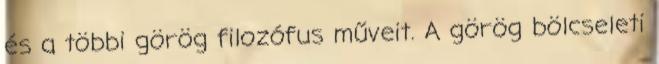
és a többi görög filozófus műveit. A görög bölcseleti